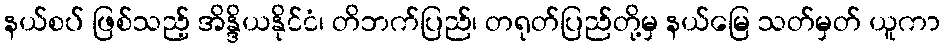
နယ်စပ် ဖြစ်သည့် အိန္ဒိယနိုင်ငံ၊ တိဘက်ပြည်၊ တရုတ်ပြည်တို့မှ နယ်မြေ သတ်မှတ် ယူကာ